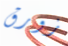
زورق